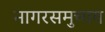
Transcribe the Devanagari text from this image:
नागरसमुच्चय